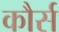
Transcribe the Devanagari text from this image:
कौर्स